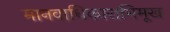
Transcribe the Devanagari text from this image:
मानवाधिकाराभिमूख